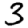
Digit: 3